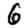
Digit: 6